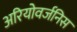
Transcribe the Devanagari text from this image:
अरियोवर्जनिस